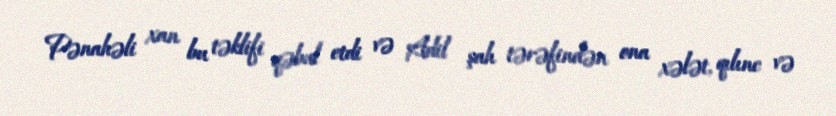
Pənahəli xan bu təklifi qəbul etdi və Adil şah tərəfindən ona xələt, qılınc və